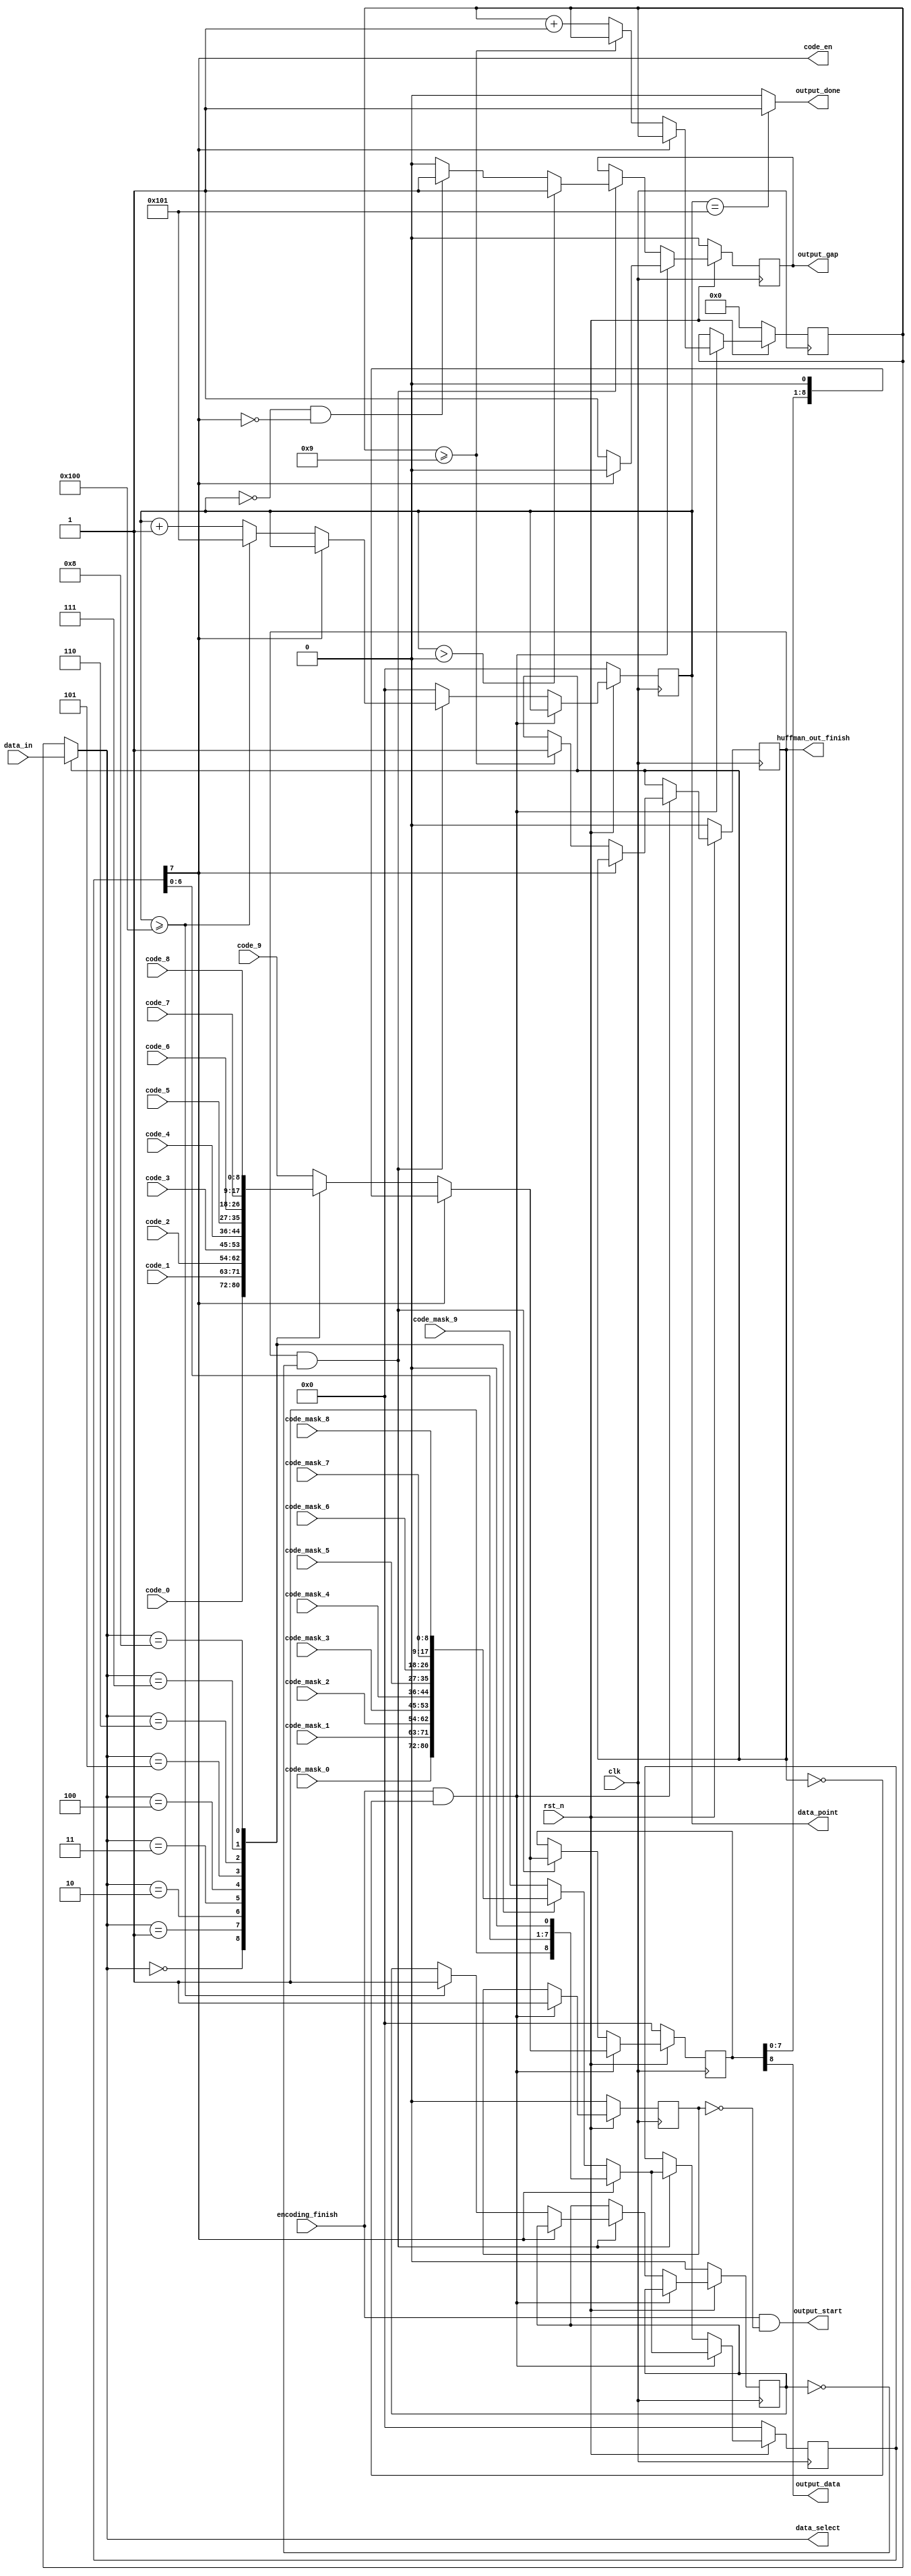
`timescale 1ns / 1ps
//////////////////////////////////////////////////////////////////////////////////
// Company: 
// Engineer: 
// 
// Design Name: 
// Module Name: data_out
// Project Name: 
// Target Devices: 
// Tool Versions: 
// Description: 
// 
// Dependencies: 
// 
// Revision:
// Revision 0.01 - File Created
// Additional Comments:
// 
//////////////////////////////////////////////////////////////////////////////////

module data_out(
    input clk,
    input rst_n,
    input encoding_finish,   //
    input [3:0]data_in,   //
    
    input  [8:0]code_mask_0,    //
    input  [8:0]code_mask_1,
    input  [8:0]code_mask_2,
    input  [8:0]code_mask_3,
    input  [8:0]code_mask_4,
    input  [8:0]code_mask_5,
    input  [8:0]code_mask_6,
    input  [8:0]code_mask_7,
    input  [8:0]code_mask_8,
    input  [8:0]code_mask_9,
    input  [8:0]code_0,           // 
    input  [8:0]code_1,   
    input  [8:0]code_2,    
    input  [8:0]code_3,    
    input  [8:0]code_4,    
    input  [8:0]code_5,     
    input  [8:0]code_6,      
    input  [8:0]code_7,     
    input  [8:0]code_8,   
    input  [8:0]code_9,    
    
    output reg huffman_out_finish = 0,
    output reg[8:0] data_point = 9'b000000000,  //
    output output_data,   //
    output reg output_gap,    //
    output output_done,   //
    output output_start,   //
    
    output code_en,  //
    output [3:0] data_select   //
    );
    
    reg [3:0]huffman_state = 4'b0000;   //0~9
    
    reg [8:0] out_code_buff=9'd0;    //
    reg [8:0] out_mask_buff=9'd0;    //
    reg [8:0] code_select=9'd0;
    reg [8:0] mask_select=9'd0;
    
    reg output_started=0;
    reg output_finished=0;
    assign output_start = encoding_finish && (~output_started);
    assign output_done = (data_point == 257)? 1'b1 : 1'b0;  //
    assign output_data = out_code_buff[8];  //
    assign code_en = out_mask_buff[7];      //2
    assign data_select = (huffman_out_finish == 1'b1)? data_in : huffman_state;     //0~90~255
    
always@ (data_select or encoding_finish or clk)    //
begin
    case(data_select)
        4'd0: mask_select<=code_mask_0;
        4'd1: mask_select<=code_mask_1;
        4'd2: mask_select<=code_mask_2;
        4'd3: mask_select<=code_mask_3;
        4'd4: mask_select<=code_mask_4;
        4'd5: mask_select<=code_mask_5;
        4'd6: mask_select<=code_mask_6;
        4'd7: mask_select<=code_mask_7;
        4'd8: mask_select<=code_mask_8;
        default : mask_select<=code_mask_9;
    endcase
end

always@ (data_select or encoding_finish or clk)    //
begin
    case(data_select)
        4'd0: code_select<=code_0;
        4'd1: code_select<=code_1;
        4'd2: code_select<=code_2;
        4'd3: code_select<=code_3;
        4'd4: code_select<=code_4;
        4'd5: code_select<=code_5;
        4'd6: code_select<=code_6;
        4'd7: code_select<=code_7;
        4'd8: code_select<=code_8;
        default : code_select<=code_9;
    endcase
end

always@ (posedge clk)
begin
    if(rst_n == 0)
    begin
        huffman_state <= 0;
        output_gap <= 0;
        //output_start <= 0;
        huffman_out_finish <= 0;
        data_point <= 0;
        
        out_code_buff<=0;
        out_mask_buff<=0;
        output_started<=0;
        output_finished<=0;
    end
    else if(encoding_finish == 1 && huffman_out_finish ==0)   //0~9
    begin
        if(code_en==1'b1)
        begin
            out_code_buff <= {out_code_buff[7:0],1'b0};
            out_mask_buff <= {out_mask_buff[7:0],1'b0};
            output_gap<=1'b0;
            output_started<=1'b1;
        end
        else
        begin
            out_code_buff <= code_select;
            out_mask_buff <= mask_select;
            output_gap <= 1'b1;
            
            if(output_started==0) begin
                output_started<=1'b1;
                //output_start<=1'b0;
            end
            
            if(huffman_state>=4'd9) huffman_out_finish <= 1'b1;
            else huffman_state <= huffman_state+1'b1;
            
        end
    end
    else if(huffman_out_finish == 1 && output_finished==0)  //0~90~255
    begin
        if(code_en==1'b1)   //9
        begin
            out_code_buff <= {out_code_buff[7:0],1'b0};
            out_mask_buff <= {out_mask_buff[7:0],1'b0};
            //output_gap<=1'b1;
        end
        else
        begin
            out_code_buff <= code_select;
            out_mask_buff <= mask_select;
            //output_gap<=1'b1;
            if(data_point>=9'd256) begin
                output_finished <= 1'b1;
                data_point<=9'd257; //output_done
            end
            else data_point <= data_point+1'b1;
            
        end
        
        if(data_point>0)
        begin
            output_gap<=1'b1;
        end
        else if(data_point==0&&code_en!=1'b1)
        begin
            output_gap<=1'b1;
        end
        else
        begin
            output_gap<=1'b0;
        end
    end
    else data_point<=9'd0;
end
  
endmodule